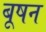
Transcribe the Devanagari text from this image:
बूषन